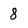
Character: 8